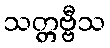
သတ္တဗ္ဗီသ